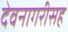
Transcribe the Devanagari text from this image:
देवनागरीसह